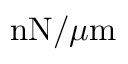
\mathrm { n N } / \mu \mathrm { m }